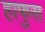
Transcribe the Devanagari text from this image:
हाफुस